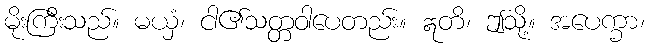
မိုးကြီးသည်။ မယှံ၊ ငါ၏သတ္တဝါပေတည်း။ ဣတိ၊ ဤသို့။ အပေက္ခာ၊